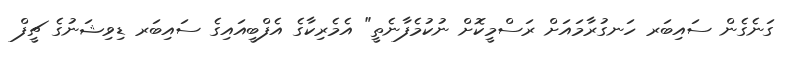
ގަނެގެން ސައިބަރ ހަނގުރާމައަށް ރަސްމީކޮށް ނުކުމެފާނެތީ" އެމެރިކާގެ އެފްބީއައިގެ ސައިބަރ ޑިވިޝަނުގެ ޗީފް